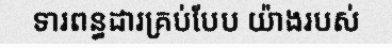
ទារពន្ធដារគ្រប់បែប យ៉ាងរបស់